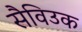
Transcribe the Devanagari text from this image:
सैविउक